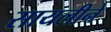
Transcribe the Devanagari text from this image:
सायलीने